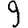
Digit: 9